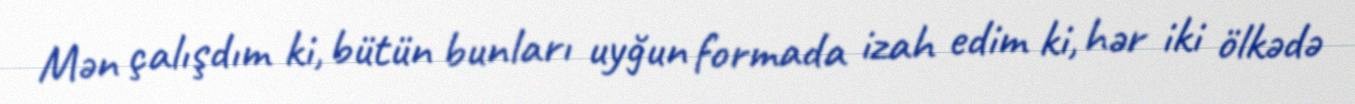
Mən çalışdım ki, bütün bunları uyğun formada izah edim ki, hər iki ölkədə